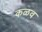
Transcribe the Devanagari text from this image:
कळव